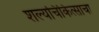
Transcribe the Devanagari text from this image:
शल्यचिकित्साचा